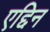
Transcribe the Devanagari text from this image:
एद्दिन